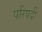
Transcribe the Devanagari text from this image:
परिषदी